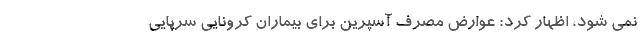
نمی شود، اظهار کرد: عوارض مصرف آسپرین برای بیماران کرونایی سرپایی